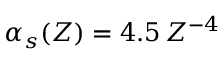
\alpha _ { s } ( Z ) = 4 . 5 \, Z ^ { - 4 }